NAE_EAA_P-1039_Kommunismi_Majak_kalurikolhoos, lk 16
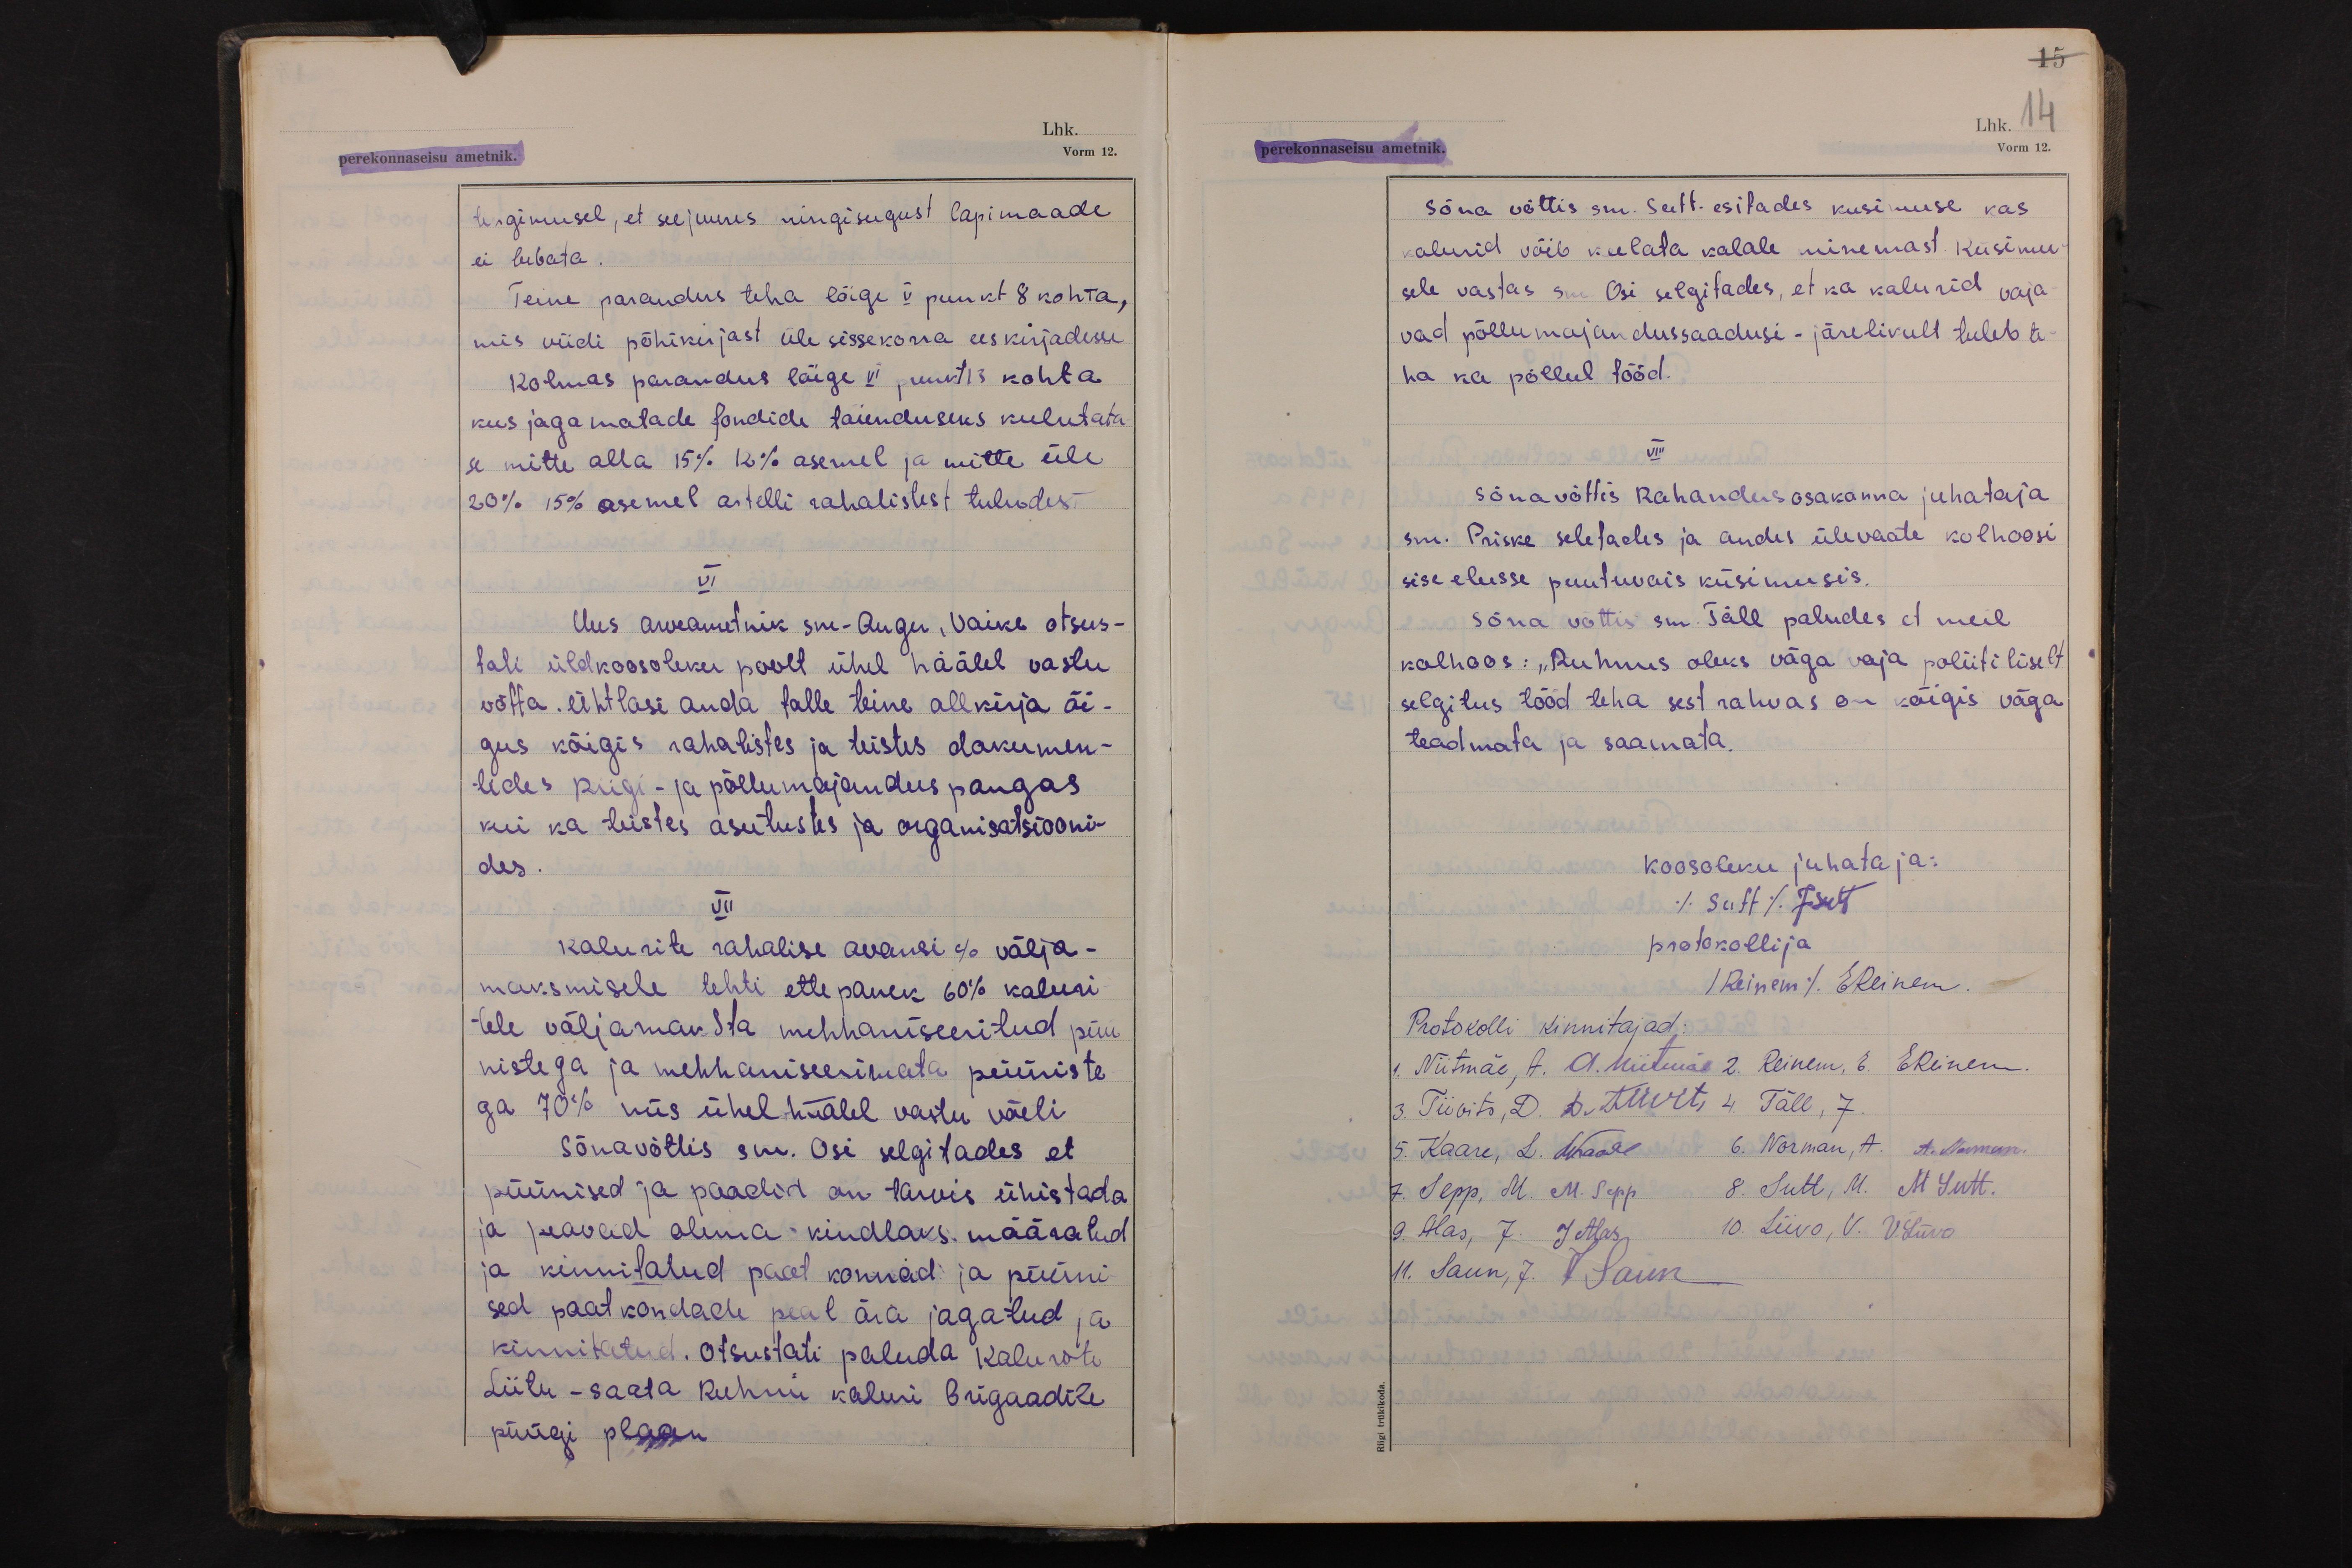
15
perekonnaseisu ametnik.
Lhk. 14
Vorm 12.

tingimusel, et seejuures mingisugust lapimaade
ei lubata.
Teine parandus teha lõige V punkt 8 kohta,
mis viidi põhikirjast üle sissekorra eeskirjadesse
Kolmas parandus lõige VI punkt 13 kohta
kus jagamatade fondide täienduseks kulutata-
se mitte alla 15% 12% asemel ja mitte üle
20% 15% asemel artelli rahalistest tuludest
VI
Uus arveametnik sm- Augu, Vaike otsus-
tati üldkoosoleku poolt ühel häälel vastu
võtta. Ühtlasi anda talle teine allkirja õi-
gus kõigis rahalistes ja teistes dokumen-
tides Riigi- ja põllumajandus pangas
kui ka teistes asutustes ja organisatsiooni-
des.
VII
Kalurite rahalise avansi % välja-
maksmisele tehti ettepanek 60% kaluri-
tele väljamaksta mehhaniseeritud püü
nistega ja mehhaniseerimata püüniste-
ga 70% mis ühelhäälel vastu võeti
Sõna võttis sm. Osi selgitades et
püünised ja paadid on tarvis ühistada
ja peavad olema kindlaks määratud
ja kinnitatud paat konnad ja püüni-
sed paatkondade peal ära jagatud ja
kinnitatud. Otsustati paluda Kalurite
Liitu - saata Ruhnu kaluri Brigaadile
püügi plaan

Sõna võttis sm. Sutt. esitades küsimuse kas
kalurid võib keelata kalale minemast. Küsimu-
sele vastas sm. Osi selgitades, et ka kalurid vaja-
vad põllumajandussaadusi - järelikult tuleb te-
ha ka põllul tööd.
VIII
Sõna võttis Rahandusosakonna juhataja
sm. Priske seletades ja andes ülevaate kolhoosi
sise elusse puutuvais küsimusis.
Sõna võttis sm. Täll paludes et meil
kolhoos: "Ruhnus oleks väga vaja poliitiliselt
selgitus tööd teha sest rahvas on kõigis väga
teadmata ja saamata.
Koosoleku juhataja:
(Sutt) JSutt
protokollija
(Reinem) EReinem.
Protokolli kinnitajad:
1. Niitmäe, A. A. Niitmäe 2. Reinem, E. EReinem.
3. Tiivits, D. D. Tiivits 4. Täll, J.
5. Kaare, L. LKaare 6. Norman, A. A. Norman.
7. Sepp, M. M. Sepp. 8. Sutt, M. M Sutt.
9. Alas, J. J Alas 10. Liivo, V. V. Liivo
11. Saun, J. J Saun